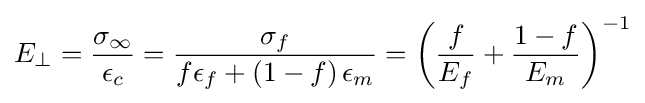
E_{\perp }={\frac {\sigma _{\infty }}{\epsilon _{c}}}={\frac {\sigma _{f}}{f\epsilon _{f}+\left(1-f\right)\epsilon _{m}}}=\left({\frac {f}{E_{f}}}+{\frac {1-f}{E_{m}}}\right)^{-1}